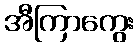
အီကြာကွေး